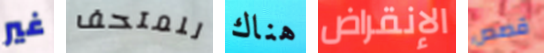
غير للمتحف هناك الإنقراض قصص